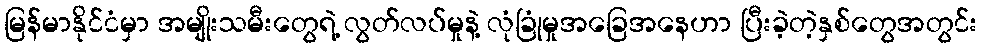
မြန်မာနိုင်ငံမှာ အမျိုးသမီးတွေရဲ့ လွတ်လပ်မှုနဲ့ လုံခြုံမှုအခြေအနေဟာ ပြီးခဲ့တဲ့နှစ်တွေအတွင်း